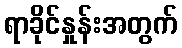
ရာခိုင်နှုန်းအတွက်